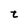
Character: t